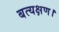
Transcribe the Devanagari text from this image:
बत्यक्षण।